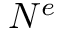
N ^ { e }